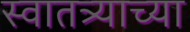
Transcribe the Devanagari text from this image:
स्वातत्र्याच्या